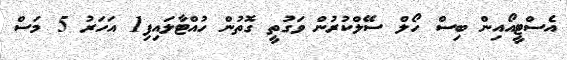
އެސްޓީއޯއިން ބިސް ހޯލް ސޭލްކުރުން ވަގުތީ ގޮތުން ހުއްޓާލައިފި1 އަހަރު 5 މަސް